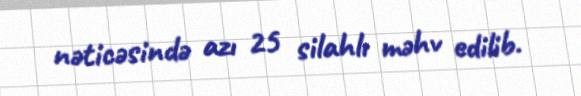
nəticəsində azı 25 silahlı məhv edilib.